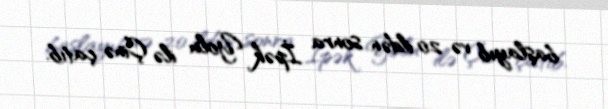
başlayıb və 20 ildən sonra İpək Yolu ilə Çinə çatıb.